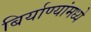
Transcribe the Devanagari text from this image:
बिर्याण्यांमध्ये